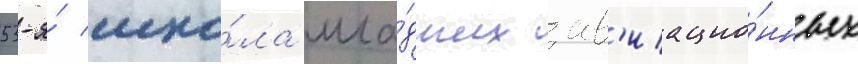
53-я́ шко́ла мла́дших ав'иацио́нных